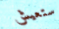
ستعيش